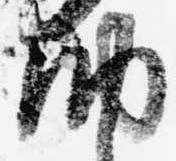
納